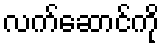
လက်ဆောင်ကို